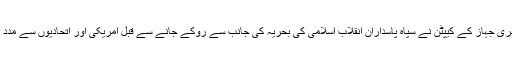
فلم کے مطابق امریکی بحری جہاز کے کیپٹن نے سپاہ پاسداران انقلاب اسلامی کی بحریہ کی جانب سے روکے جانے سے قبل امریکی اور اتحادیوں سے مدد کی درخواست کردی تھی۔